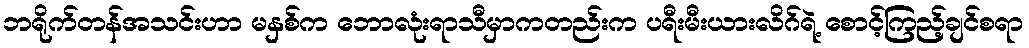
ဘရိုက်တန်အသင်းဟာ မနှစ်က ဘောလုံးရာသီမှာကတည်းက ပရီးမီးယားလိဂ်ရဲ့ စောင့်ကြည့်ချင်စရာ